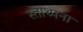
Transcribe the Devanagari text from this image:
स्ताथ्पना